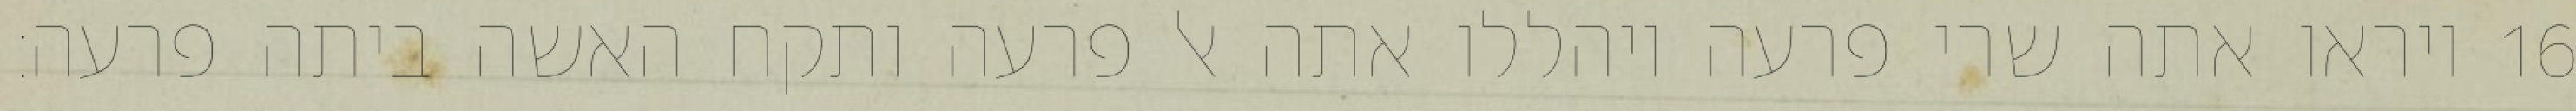
ויראו אתה שרי פרעה ויהללו אתה אל פרעה ותקח האשה ביתה פרעה׃ ‎16‏